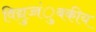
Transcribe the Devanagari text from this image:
विद्युच्चंुबकीय